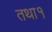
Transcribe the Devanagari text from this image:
तथा१